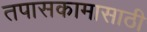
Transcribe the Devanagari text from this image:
तपासकामासाठी